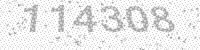
Solution: 114308